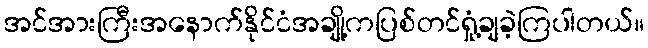
အင်အားကြီးအနောက်နိုင်ငံအချို့ကပြစ်တင်ရှုံ့ချခဲ့ကြပါတယ်။